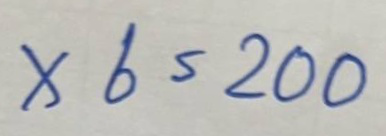
x 6 = 200